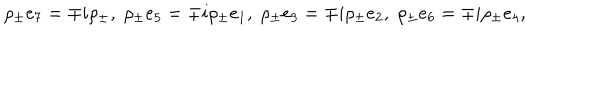
\rho _ { \pm } e _ { 7 } = \mp i \rho _ { \pm } , \; \rho _ { \pm } e _ { 5 } = \mp i \rho _ { \pm } e _ { 1 } , \; \rho _ { \pm } e _ { 3 } = \mp i \rho _ { \pm } e _ { 2 } , \; \rho _ { \pm } e _ { 6 } = \mp i \rho _ { \pm } e _ { 4 } ,